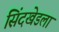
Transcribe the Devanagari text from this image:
सिंदखेडला